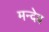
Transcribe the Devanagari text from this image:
मन्देब